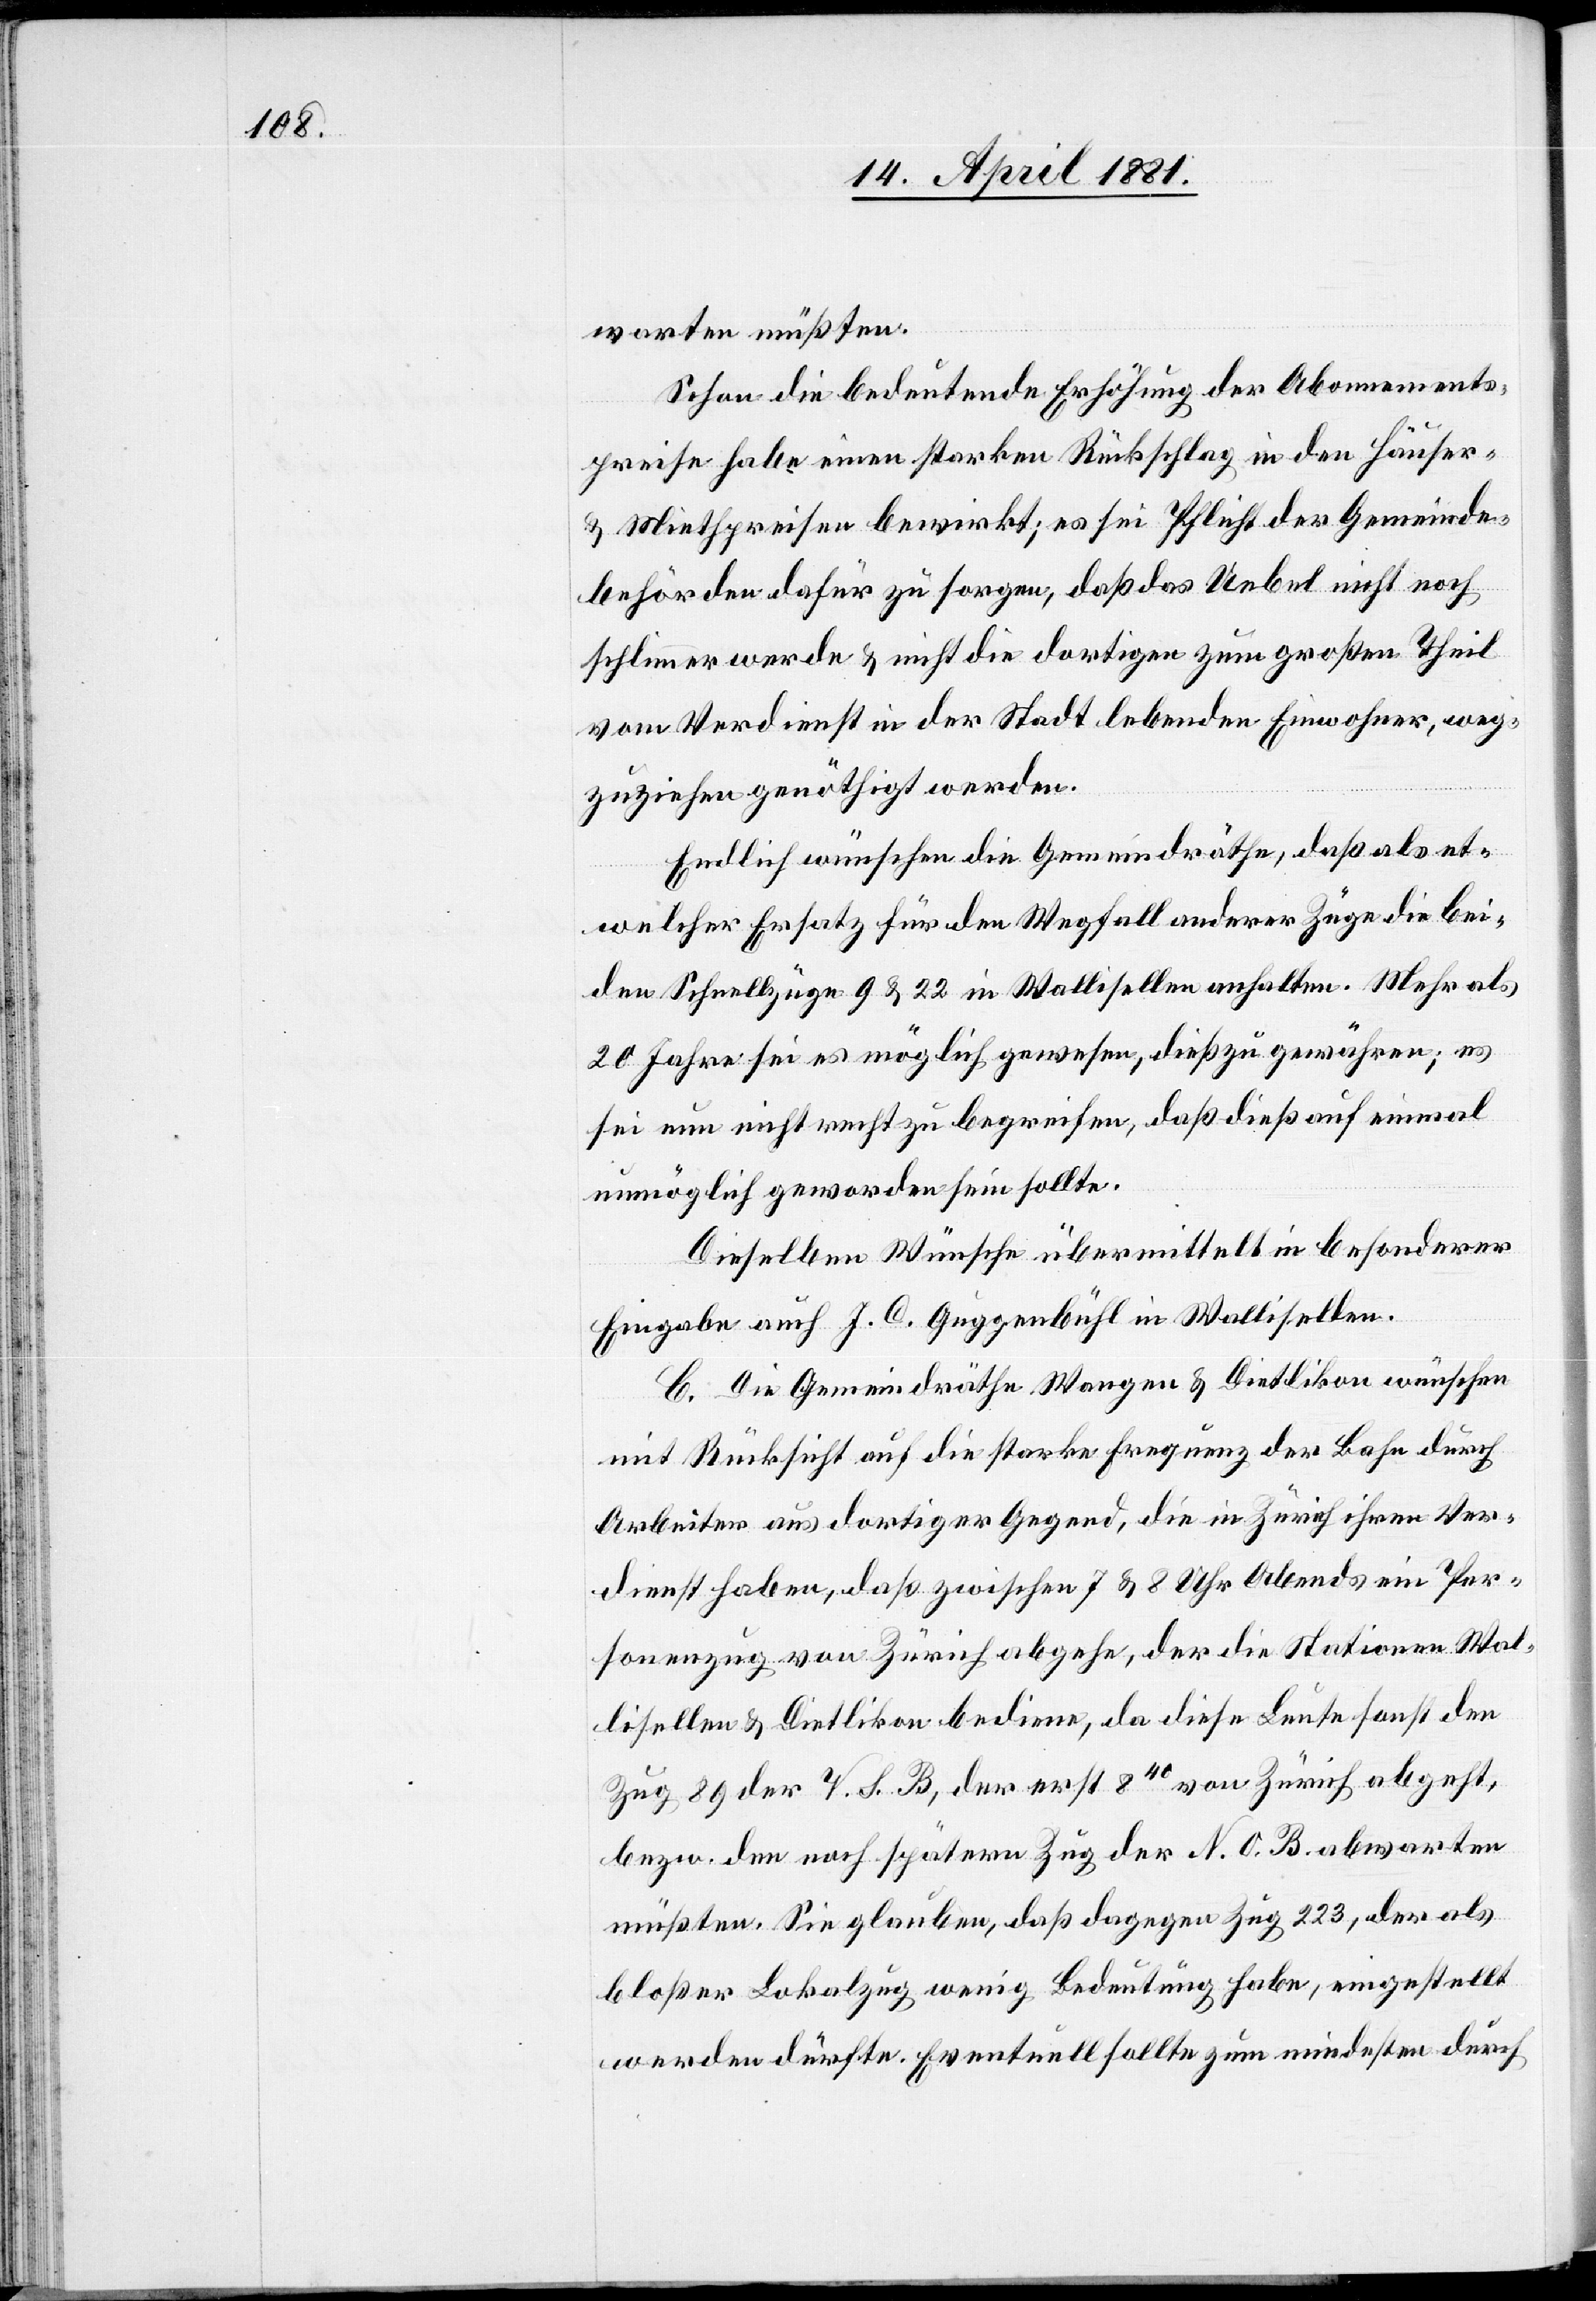
warten müßten.
Schon die bedeutende Erhöhung der Abonnements¬
preise habe einen starken Rückschlag in den Häuser
& Miethpreisen bewirkt; so sei Pflicht der Gemeinde¬
behörden dafür zu sorgen, daß das Uebel nicht noch
schlimmer werde & nicht die dortigen zum großen Theil
vom Verdienst in der Stadt lebenden Einwohner, weg¬
zuziehen genöthigt werden.
Endlich wünschen die Gemeindräthe, daß als et¬
welcher Ersatz für den Wegfall anderer Züge die bei¬
den Schnellzüge 9 & 22 in Wallisellen anhalten. Mehr als
20 Jahre sei es möglich gewesen, dieß zu gewähren; es
sei nun nicht recht zu begreifen, daß dieß auf einmal
unmöglich geworden sein sollte.
Dieselben Wünsche übermittelt in besonderer
Eingabe auch J. C. Guggenbühl in Wallisellen.
C. Die Gemeindräthe Wangen & Dietlikon wünschen
mit Rücksicht auf die starke Frequenz der Bahn durch
Arbeiter aus dortiger Gegend, die in Zürich ihren Ver¬
dienst haben, daß zwischen 7 & 8 Uhr Abends ein Per¬
sonenzug von Zürich abgehe, der die Stationen Wal¬
lisellen & Dietlikon bediene, da diese Leute sonst den
Zug 89 der V. S. B., der erst 840 von Zürich abgeht,
bezw. den noch spätere Zug der N. O. B. abwarten
müßten. Sie glauben, daß dagegen Zug 223, der als
bloßer Lokalzug wenig Bedeutung habe, eingestellt
werden dürfte. Eventuell sollte zum mindesten durch